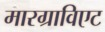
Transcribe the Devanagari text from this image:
मारग्राविएट